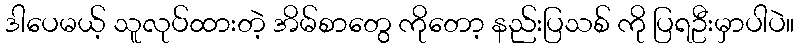
ဒါပေမယ့် သူလုပ်ထားတဲ့ အိမ်စာတွေ ကိုတော့ နည်းပြသစ် ကို ပြရဦးမှာပါပဲ။